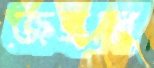
জঁহধি